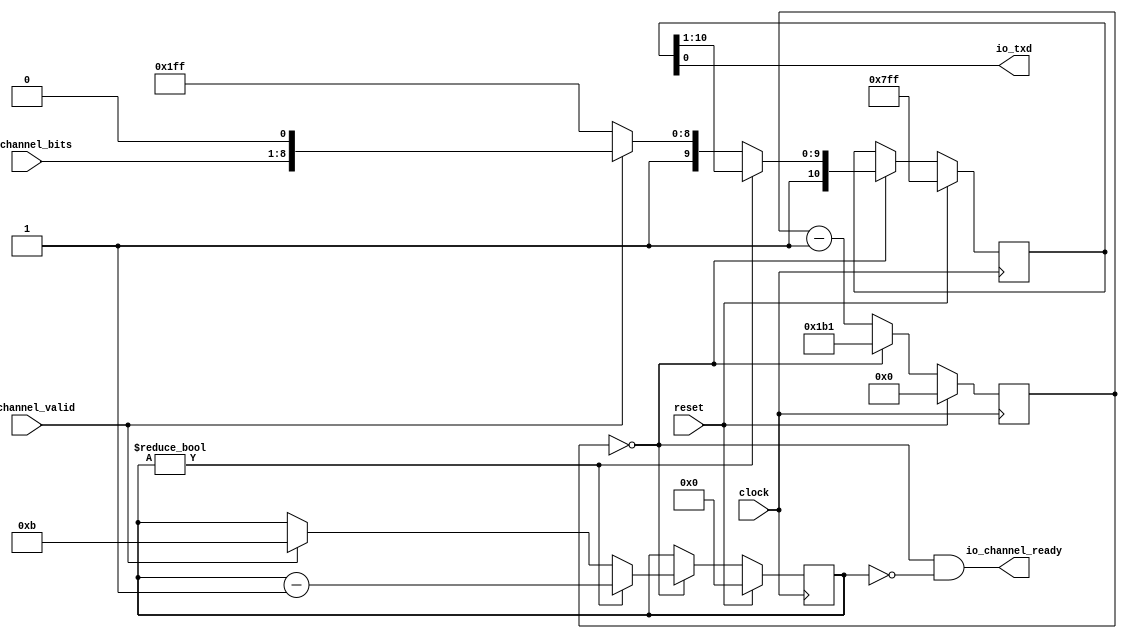
module Tx(
  input        clock,
  input        reset,
  output       io_txd,
  output       io_channel_ready,
  input        io_channel_valid,
  input  [7:0] io_channel_bits
);
`ifdef RANDOMIZE_REG_INIT
  reg [31:0] _RAND_0;
  reg [31:0] _RAND_1;
  reg [31:0] _RAND_2;
`endif // RANDOMIZE_REG_INIT
  reg [10:0] shiftReg; // @[Uart.scala 30:25]
  reg [19:0] cntReg; // @[Uart.scala 31:23]
  reg [3:0] bitsReg; // @[Uart.scala 32:24]
  wire  _T = cntReg == 20'h0; // @[Uart.scala 34:31]
  wire [9:0] lo = shiftReg[10:1]; // @[Uart.scala 41:28]
  wire [10:0] _T_7 = {1'h1,lo}; // @[Cat.scala 30:58]
  wire [3:0] _T_9 = bitsReg - 4'h1; // @[Uart.scala 43:26]
  wire [10:0] _T_10 = {2'h3,io_channel_bits,1'h0}; // @[Cat.scala 30:58]
  wire [19:0] _T_12 = cntReg - 20'h1; // @[Uart.scala 54:22]
  assign io_txd = shiftReg[0]; // @[Uart.scala 35:21]
  assign io_channel_ready = cntReg == 20'h0 & bitsReg == 4'h0; // @[Uart.scala 34:40]
  always @(posedge clock) begin
    if (reset) begin // @[Uart.scala 30:25]
      shiftReg <= 11'h7ff; // @[Uart.scala 30:25]
    end else if (_T) begin // @[Uart.scala 37:24]
      if (bitsReg != 4'h0) begin // @[Uart.scala 40:27]
        shiftReg <= _T_7; // @[Uart.scala 42:16]
      end else if (io_channel_valid) begin // @[Uart.scala 45:30]
        shiftReg <= _T_10; // @[Uart.scala 46:18]
      end else begin
        shiftReg <= 11'h7ff; // @[Uart.scala 49:18]
      end
    end
    if (reset) begin // @[Uart.scala 31:23]
      cntReg <= 20'h0; // @[Uart.scala 31:23]
    end else if (_T) begin // @[Uart.scala 37:24]
      cntReg <= 20'h1b1; // @[Uart.scala 39:12]
    end else begin
      cntReg <= _T_12; // @[Uart.scala 54:12]
    end
    if (reset) begin // @[Uart.scala 32:24]
      bitsReg <= 4'h0; // @[Uart.scala 32:24]
    end else if (_T) begin // @[Uart.scala 37:24]
      if (bitsReg != 4'h0) begin // @[Uart.scala 40:27]
        bitsReg <= _T_9; // @[Uart.scala 43:15]
      end else if (io_channel_valid) begin // @[Uart.scala 45:30]
        bitsReg <= 4'hb; // @[Uart.scala 47:17]
      end
    end
  end
// Register and memory initialization
`ifdef RANDOMIZE_GARBAGE_ASSIGN
`define RANDOMIZE
`endif
`ifdef RANDOMIZE_INVALID_ASSIGN
`define RANDOMIZE
`endif
`ifdef RANDOMIZE_REG_INIT
`define RANDOMIZE
`endif
`ifdef RANDOMIZE_MEM_INIT
`define RANDOMIZE
`endif
`ifndef RANDOM
`define RANDOM $random
`endif
`ifdef RANDOMIZE_MEM_INIT
  integer initvar;
`endif
`ifndef SYNTHESIS
`ifdef FIRRTL_BEFORE_INITIAL
`FIRRTL_BEFORE_INITIAL
`endif
initial begin
  `ifdef RANDOMIZE
    `ifdef INIT_RANDOM
      `INIT_RANDOM
    `endif
    `ifndef VERILATOR
      `ifdef RANDOMIZE_DELAY
        #`RANDOMIZE_DELAY begin end
      `else
        #0.002 begin end
      `endif
    `endif
`ifdef RANDOMIZE_REG_INIT
  _RAND_0 = {1{`RANDOM}};
  shiftReg = _RAND_0[10:0];
  _RAND_1 = {1{`RANDOM}};
  cntReg = _RAND_1[19:0];
  _RAND_2 = {1{`RANDOM}};
  bitsReg = _RAND_2[3:0];
`endif // RANDOMIZE_REG_INIT
  `endif // RANDOMIZE
end // initial
`ifdef FIRRTL_AFTER_INITIAL
`FIRRTL_AFTER_INITIAL
`endif
`endif // SYNTHESIS
endmodule
module Buffer(
  input        clock,
  input        reset,
  output       io_in_ready,
  input        io_in_valid,
  input  [7:0] io_in_bits,
  input        io_out_ready,
  output       io_out_valid,
  output [7:0] io_out_bits
);
`ifdef RANDOMIZE_REG_INIT
  reg [31:0] _RAND_0;
  reg [31:0] _RAND_1;
`endif // RANDOMIZE_REG_INIT
  reg  stateReg; // @[Uart.scala 116:25]
  reg [7:0] dataReg; // @[Uart.scala 117:24]
  wire  _T = ~stateReg; // @[Uart.scala 119:27]
  wire  _GEN_1 = io_in_valid | stateReg; // @[Uart.scala 123:23 Uart.scala 125:16 Uart.scala 116:25]
  assign io_in_ready = ~stateReg; // @[Uart.scala 119:27]
  assign io_out_valid = stateReg; // @[Uart.scala 120:28]
  assign io_out_bits = dataReg; // @[Uart.scala 132:15]
  always @(posedge clock) begin
    if (reset) begin // @[Uart.scala 116:25]
      stateReg <= 1'h0; // @[Uart.scala 116:25]
    end else if (_T) begin // @[Uart.scala 122:28]
      stateReg <= _GEN_1;
    end else if (io_out_ready) begin // @[Uart.scala 128:24]
      stateReg <= 1'h0; // @[Uart.scala 129:16]
    end
    if (reset) begin // @[Uart.scala 117:24]
      dataReg <= 8'h0; // @[Uart.scala 117:24]
    end else if (_T) begin // @[Uart.scala 122:28]
      if (io_in_valid) begin // @[Uart.scala 123:23]
        dataReg <= io_in_bits; // @[Uart.scala 124:15]
      end
    end
  end
// Register and memory initialization
`ifdef RANDOMIZE_GARBAGE_ASSIGN
`define RANDOMIZE
`endif
`ifdef RANDOMIZE_INVALID_ASSIGN
`define RANDOMIZE
`endif
`ifdef RANDOMIZE_REG_INIT
`define RANDOMIZE
`endif
`ifdef RANDOMIZE_MEM_INIT
`define RANDOMIZE
`endif
`ifndef RANDOM
`define RANDOM $random
`endif
`ifdef RANDOMIZE_MEM_INIT
  integer initvar;
`endif
`ifndef SYNTHESIS
`ifdef FIRRTL_BEFORE_INITIAL
`FIRRTL_BEFORE_INITIAL
`endif
initial begin
  `ifdef RANDOMIZE
    `ifdef INIT_RANDOM
      `INIT_RANDOM
    `endif
    `ifndef VERILATOR
      `ifdef RANDOMIZE_DELAY
        #`RANDOMIZE_DELAY begin end
      `else
        #0.002 begin end
      `endif
    `endif
`ifdef RANDOMIZE_REG_INIT
  _RAND_0 = {1{`RANDOM}};
  stateReg = _RAND_0[0:0];
  _RAND_1 = {1{`RANDOM}};
  dataReg = _RAND_1[7:0];
`endif // RANDOMIZE_REG_INIT
  `endif // RANDOMIZE
end // initial
`ifdef FIRRTL_AFTER_INITIAL
`FIRRTL_AFTER_INITIAL
`endif
`endif // SYNTHESIS
endmodule
module BufferedTx(
  input        clock,
  input        reset,
  output       io_txd,
  output       io_channel_ready,
  input        io_channel_valid,
  input  [7:0] io_channel_bits
);
  wire  tx_clock; // @[Uart.scala 143:18]
  wire  tx_reset; // @[Uart.scala 143:18]
  wire  tx_io_txd; // @[Uart.scala 143:18]
  wire  tx_io_channel_ready; // @[Uart.scala 143:18]
  wire  tx_io_channel_valid; // @[Uart.scala 143:18]
  wire [7:0] tx_io_channel_bits; // @[Uart.scala 143:18]
  wire  buf__clock; // @[Uart.scala 144:19]
  wire  buf__reset; // @[Uart.scala 144:19]
  wire  buf__io_in_ready; // @[Uart.scala 144:19]
  wire  buf__io_in_valid; // @[Uart.scala 144:19]
  wire [7:0] buf__io_in_bits; // @[Uart.scala 144:19]
  wire  buf__io_out_ready; // @[Uart.scala 144:19]
  wire  buf__io_out_valid; // @[Uart.scala 144:19]
  wire [7:0] buf__io_out_bits; // @[Uart.scala 144:19]
  Tx tx ( // @[Uart.scala 143:18]
    .clock(tx_clock),
    .reset(tx_reset),
    .io_txd(tx_io_txd),
    .io_channel_ready(tx_io_channel_ready),
    .io_channel_valid(tx_io_channel_valid),
    .io_channel_bits(tx_io_channel_bits)
  );
  Buffer buf_ ( // @[Uart.scala 144:19]
    .clock(buf__clock),
    .reset(buf__reset),
    .io_in_ready(buf__io_in_ready),
    .io_in_valid(buf__io_in_valid),
    .io_in_bits(buf__io_in_bits),
    .io_out_ready(buf__io_out_ready),
    .io_out_valid(buf__io_out_valid),
    .io_out_bits(buf__io_out_bits)
  );
  assign io_txd = tx_io_txd; // @[Uart.scala 148:10]
  assign io_channel_ready = buf__io_in_ready; // @[Uart.scala 146:13]
  assign tx_clock = clock;
  assign tx_reset = reset;
  assign tx_io_channel_valid = buf__io_out_valid; // @[Uart.scala 147:17]
  assign tx_io_channel_bits = buf__io_out_bits; // @[Uart.scala 147:17]
  assign buf__clock = clock;
  assign buf__reset = reset;
  assign buf__io_in_valid = io_channel_valid; // @[Uart.scala 146:13]
  assign buf__io_in_bits = io_channel_bits; // @[Uart.scala 146:13]
  assign buf__io_out_ready = tx_io_channel_ready; // @[Uart.scala 147:17]
endmodule
module UartSpeed(
  input   clock,
  input   reset,
  output  io_txd
);
`ifdef RANDOMIZE_REG_INIT
  reg [31:0] _RAND_0;
`endif // RANDOMIZE_REG_INIT
  wire  tx_clock; // @[UartBlink.scala 48:18]
  wire  tx_reset; // @[UartBlink.scala 48:18]
  wire  tx_io_txd; // @[UartBlink.scala 48:18]
  wire  tx_io_channel_ready; // @[UartBlink.scala 48:18]
  wire  tx_io_channel_valid; // @[UartBlink.scala 48:18]
  wire [7:0] tx_io_channel_bits; // @[UartBlink.scala 48:18]
  reg [7:0] cntReg; // @[UartBlink.scala 55:23]
  wire [5:0] _GEN_1 = 4'h1 == cntReg[3:0] ? 6'h31 : 6'h30; // @[UartBlink.scala 57:22 UartBlink.scala 57:22]
  wire [5:0] _GEN_2 = 4'h2 == cntReg[3:0] ? 6'h32 : _GEN_1; // @[UartBlink.scala 57:22 UartBlink.scala 57:22]
  wire [5:0] _GEN_3 = 4'h3 == cntReg[3:0] ? 6'h33 : _GEN_2; // @[UartBlink.scala 57:22 UartBlink.scala 57:22]
  wire [5:0] _GEN_4 = 4'h4 == cntReg[3:0] ? 6'h34 : _GEN_3; // @[UartBlink.scala 57:22 UartBlink.scala 57:22]
  wire [5:0] _GEN_5 = 4'h5 == cntReg[3:0] ? 6'h35 : _GEN_4; // @[UartBlink.scala 57:22 UartBlink.scala 57:22]
  wire [5:0] _GEN_6 = 4'h6 == cntReg[3:0] ? 6'h36 : _GEN_5; // @[UartBlink.scala 57:22 UartBlink.scala 57:22]
  wire [5:0] _GEN_7 = 4'h7 == cntReg[3:0] ? 6'h37 : _GEN_6; // @[UartBlink.scala 57:22 UartBlink.scala 57:22]
  wire [5:0] _GEN_8 = 4'h8 == cntReg[3:0] ? 6'h38 : _GEN_7; // @[UartBlink.scala 57:22 UartBlink.scala 57:22]
  wire [5:0] _GEN_9 = 4'h9 == cntReg[3:0] ? 6'h39 : _GEN_8; // @[UartBlink.scala 57:22 UartBlink.scala 57:22]
  wire  _T_1 = cntReg != 8'ha; // @[UartBlink.scala 58:33]
  wire [7:0] _T_5 = cntReg + 8'h1; // @[UartBlink.scala 61:22]
  BufferedTx tx ( // @[UartBlink.scala 48:18]
    .clock(tx_clock),
    .reset(tx_reset),
    .io_txd(tx_io_txd),
    .io_channel_ready(tx_io_channel_ready),
    .io_channel_valid(tx_io_channel_valid),
    .io_channel_bits(tx_io_channel_bits)
  );
  assign io_txd = tx_io_txd; // @[UartBlink.scala 65:10]
  assign tx_clock = clock;
  assign tx_reset = reset;
  assign tx_io_channel_valid = cntReg != 8'ha; // @[UartBlink.scala 58:33]
  assign tx_io_channel_bits = {{2'd0}, _GEN_9}; // @[UartBlink.scala 57:22 UartBlink.scala 57:22]
  always @(posedge clock) begin
    if (reset) begin // @[UartBlink.scala 55:23]
      cntReg <= 8'h0; // @[UartBlink.scala 55:23]
    end else if (tx_io_channel_ready & _T_1) begin // @[UartBlink.scala 60:47]
      cntReg <= _T_5; // @[UartBlink.scala 61:12]
    end else if (cntReg == 8'ha) begin // @[UartBlink.scala 62:29]
      cntReg <= 8'h0; // @[UartBlink.scala 63:11]
    end
  end
// Register and memory initialization
`ifdef RANDOMIZE_GARBAGE_ASSIGN
`define RANDOMIZE
`endif
`ifdef RANDOMIZE_INVALID_ASSIGN
`define RANDOMIZE
`endif
`ifdef RANDOMIZE_REG_INIT
`define RANDOMIZE
`endif
`ifdef RANDOMIZE_MEM_INIT
`define RANDOMIZE
`endif
`ifndef RANDOM
`define RANDOM $random
`endif
`ifdef RANDOMIZE_MEM_INIT
  integer initvar;
`endif
`ifndef SYNTHESIS
`ifdef FIRRTL_BEFORE_INITIAL
`FIRRTL_BEFORE_INITIAL
`endif
initial begin
  `ifdef RANDOMIZE
    `ifdef INIT_RANDOM
      `INIT_RANDOM
    `endif
    `ifndef VERILATOR
      `ifdef RANDOMIZE_DELAY
        #`RANDOMIZE_DELAY begin end
      `else
        #0.002 begin end
      `endif
    `endif
`ifdef RANDOMIZE_REG_INIT
  _RAND_0 = {1{`RANDOM}};
  cntReg = _RAND_0[7:0];
`endif // RANDOMIZE_REG_INIT
  `endif // RANDOMIZE
end // initial
`ifdef FIRRTL_AFTER_INITIAL
`FIRRTL_AFTER_INITIAL
`endif
`endif // SYNTHESIS
endmodule